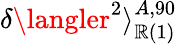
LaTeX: \delta\langler^{2}\rangle_{\mathbb{R}\mathrm{{(1)}}}^{A,90}